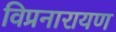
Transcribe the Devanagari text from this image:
विप्रनारायण